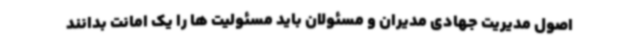
اصول مدیریت جهادی مدیران و مسئولان باید مسئولیت ها را یک امانت بدانند